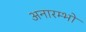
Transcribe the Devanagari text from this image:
अनारम्भो